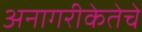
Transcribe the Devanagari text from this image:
अनागरीकेतेचे